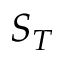
S _ { T }